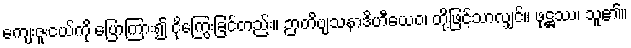
ကျေးဇူးငယ်ကို ပြောကြား၍ ငိုကြွေးခြင်တည်း။ ဉာတိဗျသနာဒိဟီယေဝ၊ တို့ဖြင့်သာလျှင်။ ဖုဋ္ဌဿ၊ သူ၏။